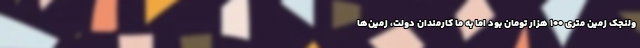
ولنجک زمین متری ۱۰۰ هزار تومان بود اما به ما کارمندان دولت، زمین‌ها